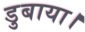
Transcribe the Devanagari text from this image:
डुबाया।